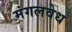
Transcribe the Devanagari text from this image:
मंगलवेध